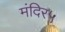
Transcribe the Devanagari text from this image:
मंदिर५